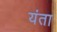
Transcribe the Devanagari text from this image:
यंता